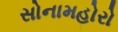
સોનામહોરો